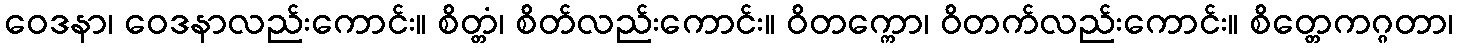
ဝေဒနာ၊ ဝေဒနာလည်းကောင်း။ စိတ္တံ၊ စိတ်လည်းကောင်း။ ဝိတက္ကော၊ ဝိတက်လည်းကောင်း။ စိတ္တေကဂ္ဂတာ၊